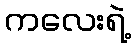
ကလေးရဲ့